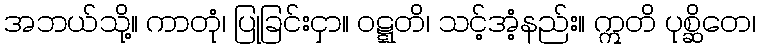
အဘယ်သို့။ ကာတုံ၊ ပြုခြင်းငှာ။ ဝဋ္ဋတိ၊ သင့်အံ့နည်း။ ဣတိ ပုစ္ဆိတေ၊